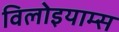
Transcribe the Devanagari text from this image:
विलोइयाम्स